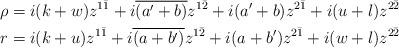
LaTeX: \begin{align*}\rho &= i(k+w)z^{1\bar{1}} + i\overline{(a'+b)}z^{1\bar{2}} + i(a'+b)z^{2\bar{1}} + i(u+l)z^{2\bar{2}}\\r &= i(k+u)z^{1\bar{1}} + i\overline{(a+b')}z^{1\bar{2}} + i(a+b')z^{2\bar{1}}+i(w+l)z^{2\bar{2}}\end{align*}